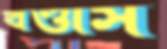
খণ্ডাস